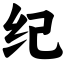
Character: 纪